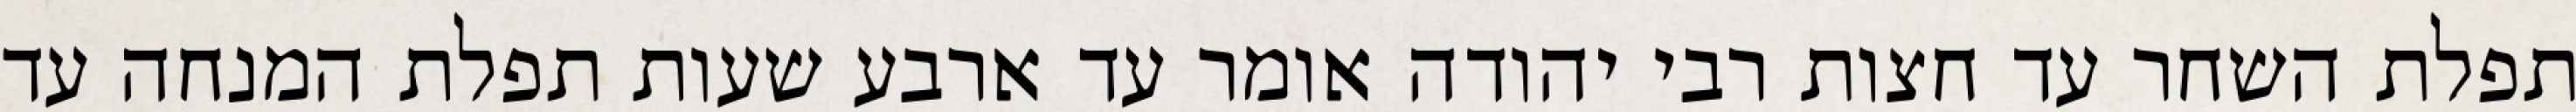
תפלת השחר עד חצות רבי יהודה אומר עד ארבע שעות תפלת המנחה עד